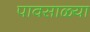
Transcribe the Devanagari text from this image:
पावसाळ्या